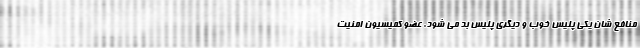
منافع شان یکی پلیس خوب و‌ دیگری پلیس بد می شود. عضو کمیسیون امنیت